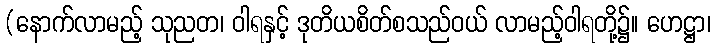
(နောက်လာမည့် သုညတ၊ ဝါရနှင့် ဒုတိယစိတ်စသည်ဝယ် လာမည့်ဝါရတို့၌။ ဟေဋ္ဌာ၊